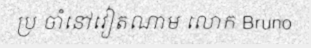
ប្រ ចាំនៅវៀតណាម លោក Bruno